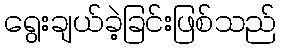
ရွေးချယ်ခဲ့ခြင်းဖြစ်သည်